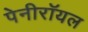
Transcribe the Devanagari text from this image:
पेनीरॉयल